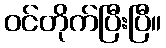
ဝင်တိုက်ပြီးပြီ။